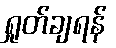
ရှုတ်ချရန်